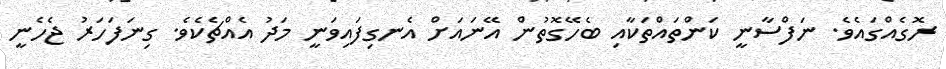
ރޮގެއްގައެވެ. ނަފްސާނީ ކަންތައްތަކާއި ބެހޭގޮތުން އޭނައަށް އެނގިފައިވަނީ މަދު އެއްޗެކެވެ. ގިނަފަހަރު ޖެހެނީ